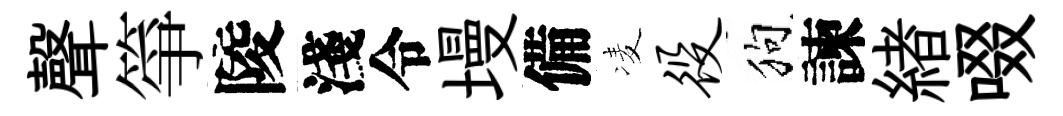
聲箏陵淺令墁備凌役狗諫緖啜